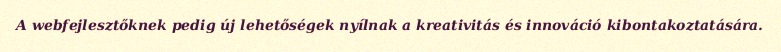
A webfejlesztőknek pedig új lehetőségek nyílnak a kreativitás és innováció kibontakoztatására.